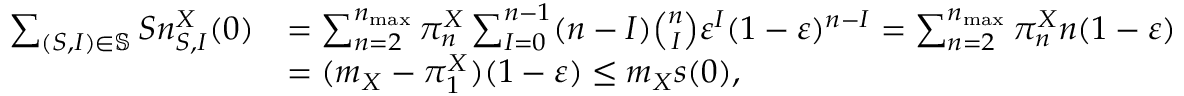
\begin{array} { r l } { \sum _ { ( S , I ) \in \mathbb { S } } S n _ { S , I } ^ { X } ( 0 ) } & { = \sum _ { n = 2 } ^ { n _ { \operatorname* { m a x } } } \pi _ { n } ^ { X } \sum _ { I = 0 } ^ { n - 1 } ( n - I ) \binom { n } { I } \varepsilon ^ { I } ( 1 - \varepsilon ) ^ { n - I } = \sum _ { n = 2 } ^ { n _ { \operatorname* { m a x } } } \pi _ { n } ^ { X } n ( 1 - \varepsilon ) } \\ & { = ( m _ { X } - \pi _ { 1 } ^ { X } ) ( 1 - \varepsilon ) \leq m _ { X } s ( 0 ) , } \end{array}